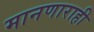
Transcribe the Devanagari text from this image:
मानणाराही